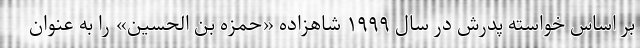
بر اساس خواسته پدرش در سال ۱۹۹۹ شاهزاده «حمزه بن الحسین» را به عنوان